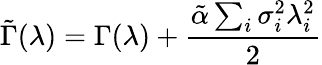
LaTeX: \tilde{\Gamma}(\lambda)=\Gamma(\lambda)+\frac{\tilde{\alpha}\sum_{i}\sigma_{i}^{2}\lambda_{i}^{2}}{2}